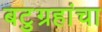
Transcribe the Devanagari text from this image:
बटुग्रहांचा